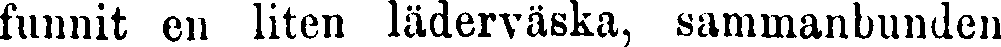
funnit en liten läderväska, sammanbunden